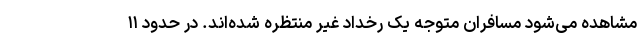
مشاهده می‌شود مسافران متوجه یک رخداد غیر منتظره شده‌اند. در حدود ۱۱